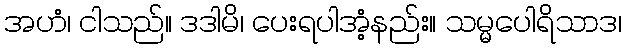
အဟံ၊ ငါသည်။ ဒဒါမိ၊ ပေးရပါအံ့နည်း။ သမ္မပေါရိသာဒ၊